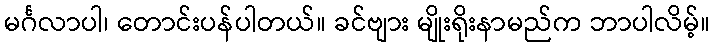
မင်္ဂလာပါ၊ တောင်းပန်ပါတယ်။ ခင်ဗျား မျိုးရိုးနာမည်က ဘာပါလိမ့်။